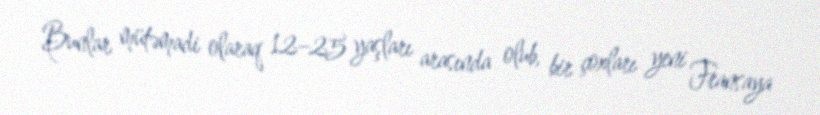
Bunlar mütəmadi olaraq 12–25 yaşları arasında olub, bir çoxları yeni Fransaya